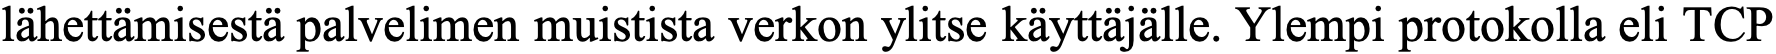
lähettämisestä palvelimen muistista verkon ylitse käyttäjälle. Ylempi protokolla eli TCP